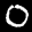
Label: 0